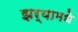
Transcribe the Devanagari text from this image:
झर्‍यामधे